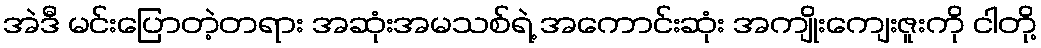
အဲဒီ မင်းပြောတဲ့တရား အဆုံးအမသစ်ရဲ့ အကောင်းဆုံး အကျိုးကျေးဇူးကို ငါတို့